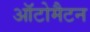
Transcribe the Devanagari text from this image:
ऑटोमैटन